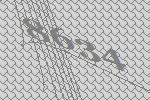
8634